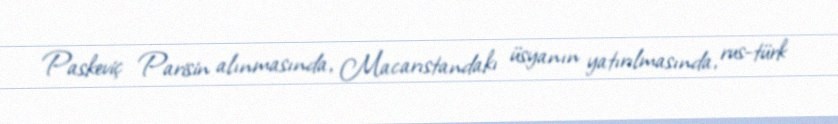
Paskeviç Parisin alınmasında, Macarıstandakı üsyanın yatırılmasında, rus-türk